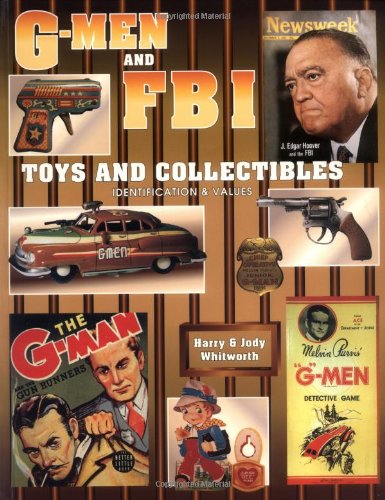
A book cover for G-Men & F.B.I. Toys And Collectibles, Identification & Values; Harry Whitworth; Crafts, Hobbies & Home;